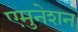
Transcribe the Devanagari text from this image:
एमुनेशन